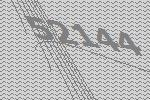
52144